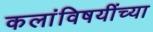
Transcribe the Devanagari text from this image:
कलांविषयींच्या